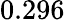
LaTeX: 0.296